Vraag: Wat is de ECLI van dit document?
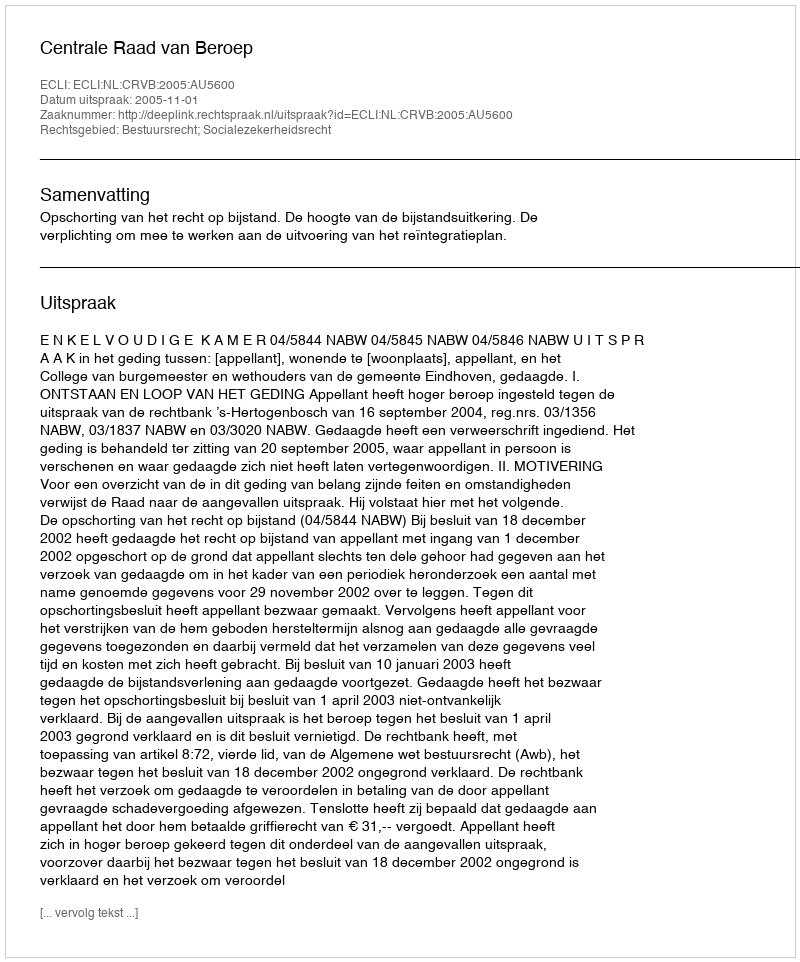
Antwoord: ECLI:NL:CRVB:2005:AU5600